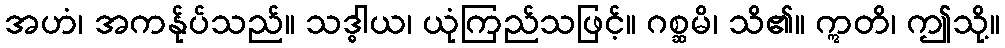
အဟံ၊ အကန်ုပ်သည်။ သဒ္ဓါယ၊ ယုံကြည်သဖြင့်။ ဂစ္ဆမိ၊ သိ၏။ ဣတိ၊ ဤသို့။